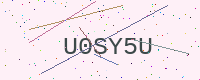
Text: U0SY5U